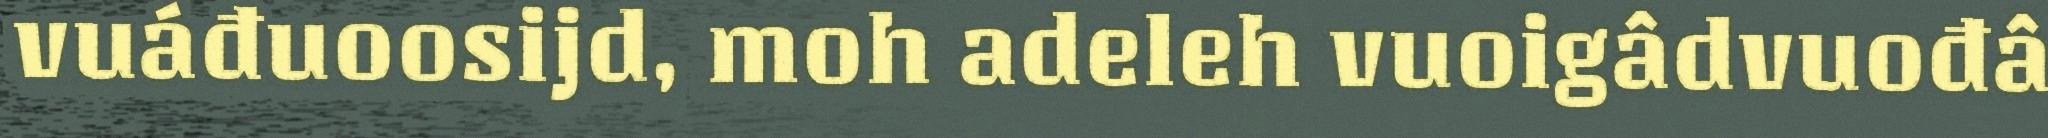
vuáđuoosijd, moh adeleh vuoigâdvuođâ